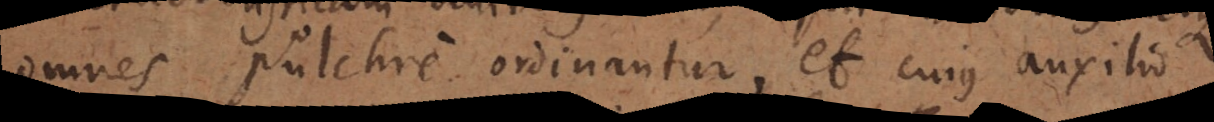
omnes pulchre ordinantur, et cujus auxilio